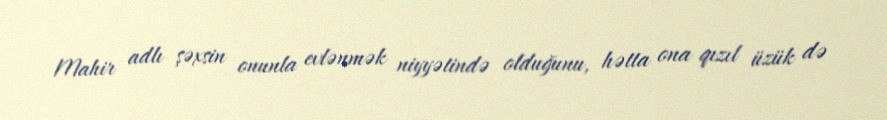
Mahir adlı şəxsin onunla evlənmək niyyətində olduğunu, hətta ona qızıl üzük də